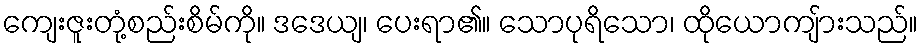
ကျေးဇူးတုံ့စည်းစိမ်ကို။ ဒဒေယျ၊ ပေးရာ၏။ သောပုရိသော၊ ထိုယောကျ်ားသည်။